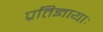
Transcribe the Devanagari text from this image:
प्रतिज्ञायाः